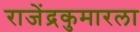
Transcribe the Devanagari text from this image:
राजेंद्रकुमारला